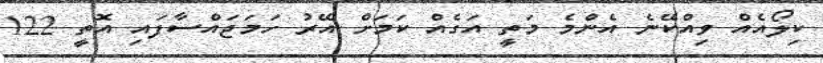
ކިލޯއެއް ވިއްކޭނެ އެންމެ މަތީ އަގެއް ކަމަށް އޭރު ހަމަޖައްސާފައި އޮތީ 122